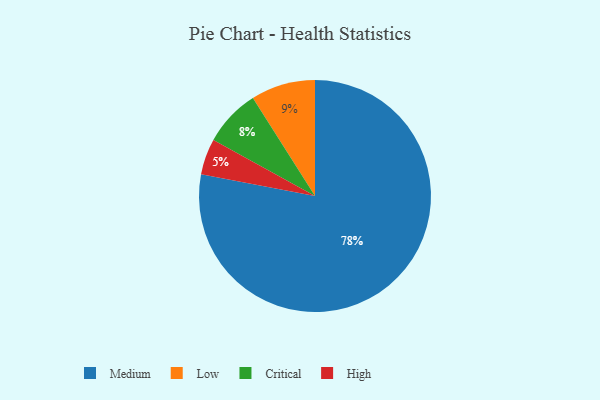
{"axis": {"x": "Category", "y": "Percentage"}, "legend": ["Critical", "High", "Low", "Medium"], "data": [{"x": "Critical", "y": 8, "type": "Critical"}, {"x": "Low", "y": 9, "type": "Low"}, {"x": "High", "y": 5, "type": "High"}, {"x": "Medium", "y": 78, "type": "Medium"}]}